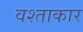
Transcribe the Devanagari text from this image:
वश्ताकार